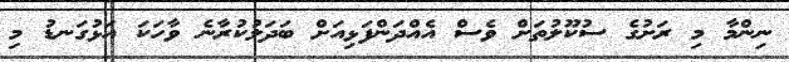
ނިންމާ މި ރަށުގެ ސުކޫލުތަށް ވެސް އެއްދަންފަޅިއަށް ބަދަލުކުރާނެ ވާހަކަ އަޅުގަނޑު މި